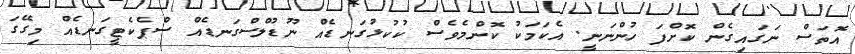
އޮތަސް ނަގައިގެން ކޮށްފަ ހުންނަނީ. އެކަމަކު ކޮންމެވެސް ކުކުޅުގަނޑެއް ނޫޑުލްސްގަނޑެއް ސްޕެކެޓީގަނޑެއް މިގޭގަ